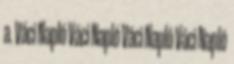
a. Váci Napló Váci Napló Váci Napló Váci Napló